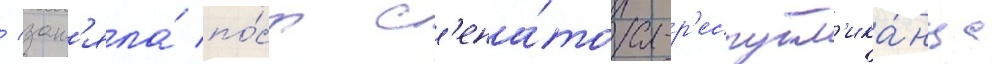
/ зан'яла́ по́ст с'ена́тора-р'еспубл'ика́нца